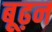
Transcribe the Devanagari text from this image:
बूढ़न